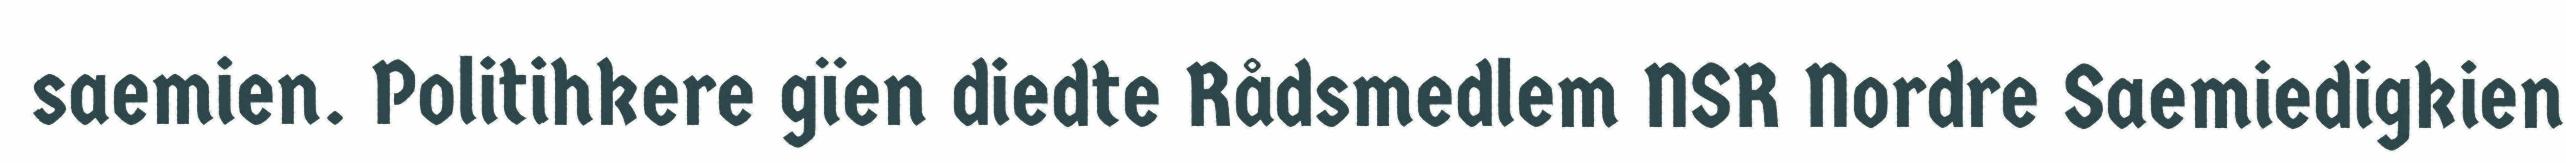
saemien. Politihkere gïen diedte Rådsmedlem NSR Nordre Saemiedigkien